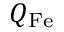
Q _ { \mathrm { F e } }